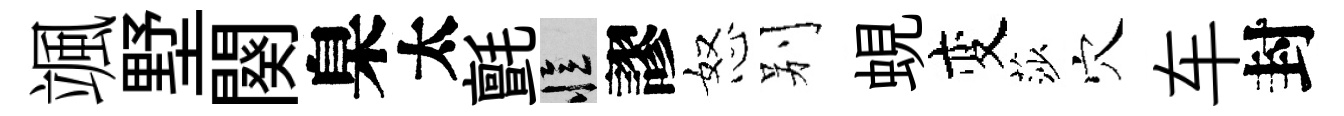
颯墅闋臬太氈忆謬怒别蜆变莎穴车封